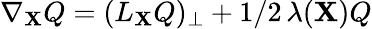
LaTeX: \nabla_{\mathbf{X}}Q=(L_{\mathbf{X}}Q)_{\perp}+1/2\, \lambda(\mathbf{X})Q